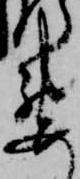
要